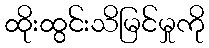
ထိုးထွင်းသိမြင်မှုကို